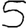
Digit: 5